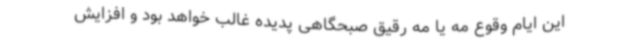
این ایام وقوع مه یا مه رقیق صبحگاهی پدیده غالب خواهد بود و افزایش